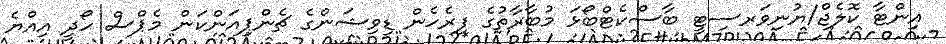
އިންޓާ ކޮލެޖް/ޔުނިވަރސިޓީ ބާސްކެޓްބޯޅަ މުބާރާތުގެ ފިރެހެން ޑިވިޝަންގެ ޗެންޕިއަންކަން މެޕްސް ހޯދީ އިއްޔެ